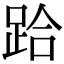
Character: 跲